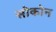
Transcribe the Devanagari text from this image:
सोकोन